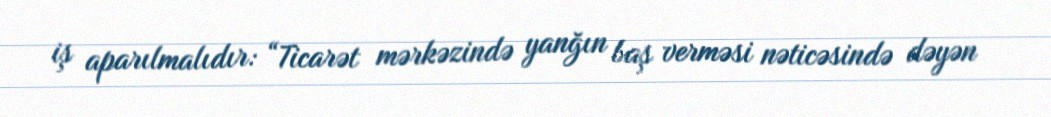
iş aparılmalıdır: “Ticarət mərkəzində yanğın baş verməsi nəticəsində dəyən